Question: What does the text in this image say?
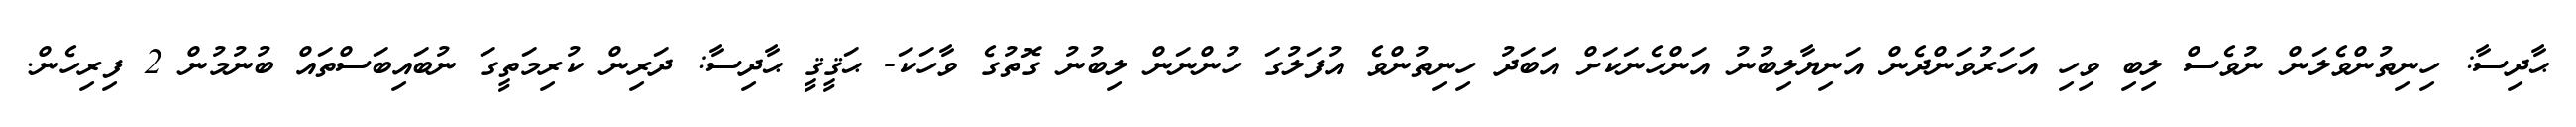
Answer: ޙާދިސާ: ހިނިތުންވެލަން ނުވެސް ލިބި ވިހި އަހަރުވަންދެން އަނިޔާލިބުނު އަންހެނަކަށް އަބަދު ހިނިތުންވެ އުފަލުގަ ހުންނަން ލިބުނު ގޮތުގެ ވާހަކަ- ޙަޤީޤީ ޙާދިސާ: ދަރިން ކުރިމަތީގަ ނުބައިބަސްތައް ބުނުމުން 2 ފިރިހެން.